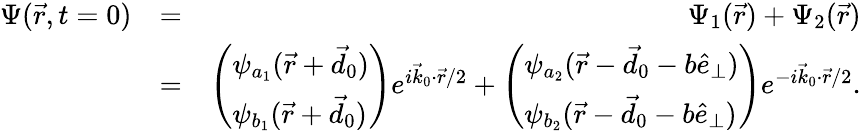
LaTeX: \begin{array}{rlr}{\Psi(\vec{r},t=0)}&{=}&{\Psi_{1}(\vec{r})+\Psi_{2}(\vec{r})}\\ &{=}&{\left(\begin{array}{l}{\psi_{a_{1}}(\vec{r}+\vec{d}_{0})}\\ {\psi_{b_{1}}(\vec{r}+\vec{d}_{0})}\end{array}\right)e^{i\vec{k}_{0}\cdot\vec{r}/2}+\left(\begin{array}{l}{\psi_{a_{2}}(\vec{r}-\vec{d}_{0}-b\hat{e}_{\perp})}\\ {\psi_{b_{2}}(\vec{r}-\vec{d}_{0}-b\hat{e}_{\perp})}\end{array}\right)e^{-i\vec{k}_{0}\cdot\vec{r}/2}.}\end{array}